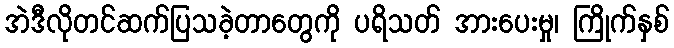
အဲဒီလိုတင်ဆက်ပြသခဲ့တာတွေကို ပရိသတ် အားပေးမှု၊ ကြိုက်နှစ်